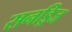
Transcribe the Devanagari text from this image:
सनड्रिज